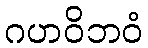
ဂဟဝိဘဝံ